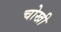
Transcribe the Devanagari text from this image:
चोखी